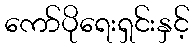
ကော်ပိုရေးရှင်းနှင့်